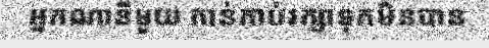
អ្នកណានីមួយ កាន់កាប់រក្សាទុកមិនបាន